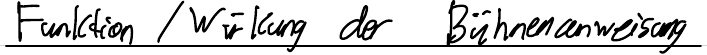
Funktion / Wirkung der Bühnenanweisung